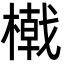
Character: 橶